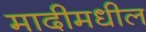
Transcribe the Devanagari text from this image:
मादीमधील